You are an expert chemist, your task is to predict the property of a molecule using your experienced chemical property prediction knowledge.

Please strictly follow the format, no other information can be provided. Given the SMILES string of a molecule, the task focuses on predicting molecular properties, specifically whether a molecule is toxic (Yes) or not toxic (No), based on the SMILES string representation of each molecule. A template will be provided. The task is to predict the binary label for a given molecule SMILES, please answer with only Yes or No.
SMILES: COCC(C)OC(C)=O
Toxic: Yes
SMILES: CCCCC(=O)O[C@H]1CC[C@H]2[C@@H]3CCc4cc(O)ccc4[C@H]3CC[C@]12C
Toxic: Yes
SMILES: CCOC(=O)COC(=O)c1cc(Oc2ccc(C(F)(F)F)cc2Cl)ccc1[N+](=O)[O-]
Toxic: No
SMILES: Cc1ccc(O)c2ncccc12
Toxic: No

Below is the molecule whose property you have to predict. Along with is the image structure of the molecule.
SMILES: CC=CC(=O)CC
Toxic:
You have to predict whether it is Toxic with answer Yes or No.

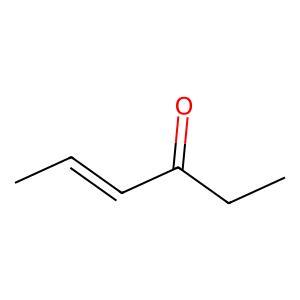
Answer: No